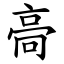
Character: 䯧